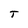
Character: T